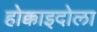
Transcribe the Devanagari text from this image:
होक्काइदोला